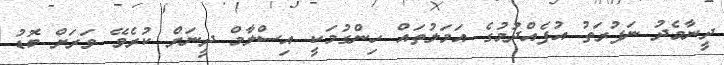
ދީނާމެދު ނަފުރަތު އުފެއްދުމުގެ އަމަލުތައް ހިންގުމަކީ އިސްލާމް ދީނަށް ކުރެވޭ ވަރަށް ބޮޑު